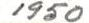
1950